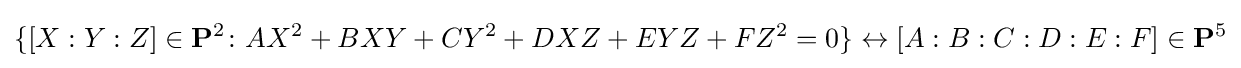
\{[X:Y:Z]\in \mathbf {P} ^{2}\colon AX^{2}+BXY+CY^{2}+DXZ+EYZ+FZ^{2}=0\}\leftrightarrow [A:B:C:D:E:F]\in \mathbf {P} ^{5}